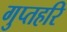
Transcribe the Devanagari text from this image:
गुप्तहरि